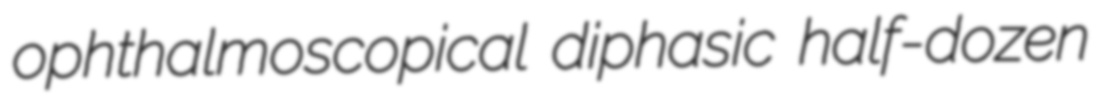
ophthalmoscopical diphasic half-dozen